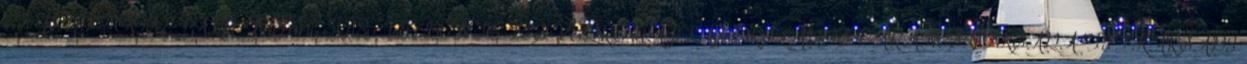
ÉS JOGI FŐOSZTÁLY Telefon: 3018-436 BÜNTETÉS-VÉGREHAJTÁS ORSZÁGOS PARANCSNOKSÁGA TITKÁRSÁGI